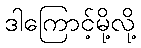
ဒါကြောင့်မို့လို့